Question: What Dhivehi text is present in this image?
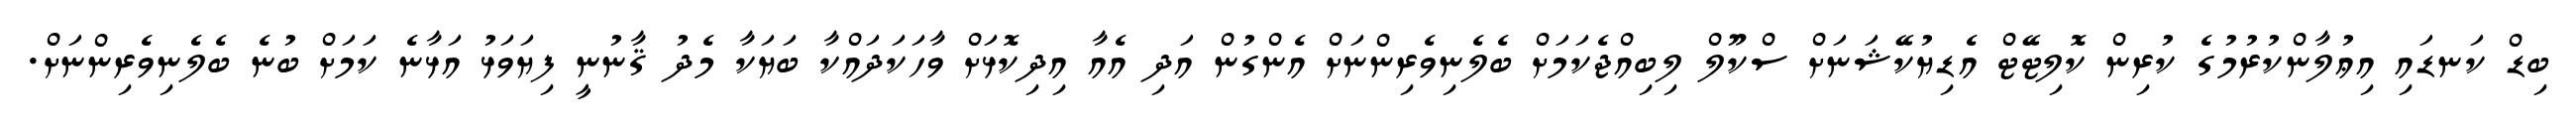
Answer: ބިޑް ކަނޑައި އިޢުލާންކުރުމުގެ ކުރިން ކޮލިޓޭޓް އެޑިޔުކޭޝަނަށް ސްކޫލް ލިބިއްޖެކަމަށް ބެލެނިވެރިންނަށް އެންގުން އަދި އެއާ އިދިކޮޅަށް ވާހަކަދައްކާ ބަޔަކާ މެދު ޤާނުނީ ފިޔަވަޅު އަޅާނެ ކަމަށް ބުނެ ބެލެނިވެރިންނަށް.